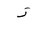
Letter: _zay